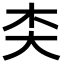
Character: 𪥄